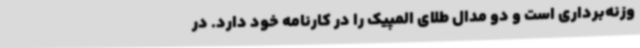
وزنه‌برداری است و دو مدال طلای المپیک را در کارنامه خود دارد. در